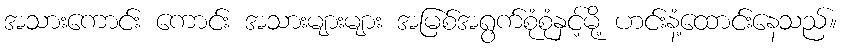
အသားကောင်း ကောင်း အသားများများ အမြစ်အရွက်စုံစုံနှင့်မို့ ဟင်းနံ့ထောင်းနေသည်။